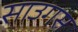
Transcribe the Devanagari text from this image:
साउगस